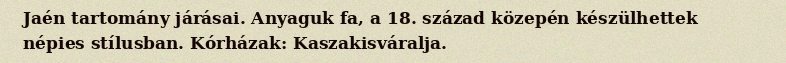
Jaén tartomány járásai. Anyaguk fa, a 18. század közepén készülhettek népies stílusban. Kórházak: Kaszakisváralja.